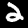
Digit: 2